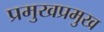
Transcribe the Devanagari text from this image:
प्रमुखप्रमुख